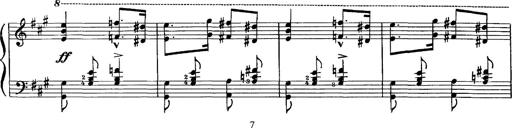
Title: Hungarian Rhapsody No.16
Composer: Franz Liszt
Key: A minor